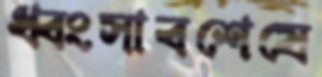
ধ্বংসাবশেষে